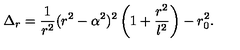
\Delta _ { r } = { \frac { 1 } { r ^ { 2 } } } ( r ^ { 2 } - \alpha ^ { 2 } ) ^ { 2 } \left( 1 + { \frac { r ^ { 2 } } { l ^ { 2 } } } \right) - r _ { 0 } ^ { 2 } .